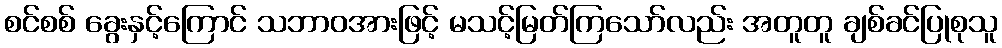
စင်စစ် ခွေးနှင့်ကြောင် သဘာဝအားဖြင့် မသင့်မြတ်ကြသော်လည်း အတူတူ ချစ်ခင်ပြုစုသူ